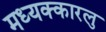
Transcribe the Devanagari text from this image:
मध्यक्कारलु